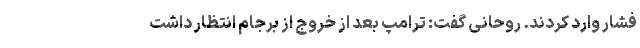
فشار وارد کردند. روحانی گفت: ترامپ بعد از خروج از برجام انتظار داشت